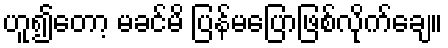
ဟူ၍တော့ မခင်မိ ပြန်မပြောဖြစ်လိုက်ချေ။